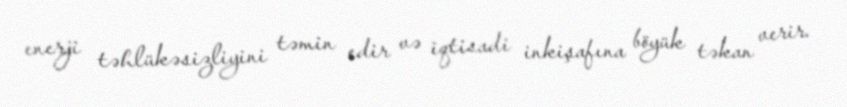
enerji təhlükəsizliyini təmin edir və iqtisadi inkişafına böyük təkan verir.